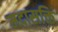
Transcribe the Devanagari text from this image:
मदासक्ति